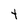
Character: t